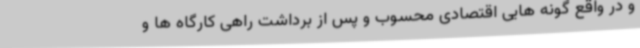
و در واقع گونه هایی اقتصادی محسوب و پس از برداشت راهی کارگاه ها و